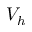
V _ { h }